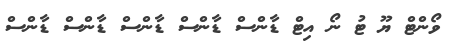
ވޯންޓް ޔޫ ޓު ނޯ އިޓް ޑާންސް ޑާންސް ޑާންސް ޑާންސް ޑާންސް